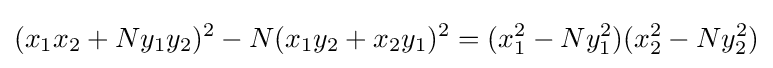
(x_{1}x_{2}+Ny_{1}y_{2})^{2}-N(x_{1}y_{2}+x_{2}y_{1})^{2}=(x_{1}^{2}-Ny_{1}^{2})(x_{2}^{2}-Ny_{2}^{2})